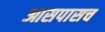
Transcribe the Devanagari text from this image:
आसपासच